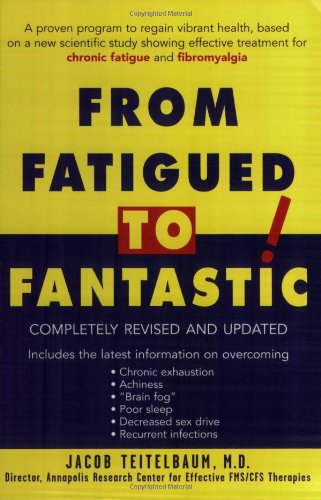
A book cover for From Fatigued to Fantastic!: A Proven Program to Regain Vibrant Health, Based on a New Scientific Study Showing Effective Treatment for Chronic Fatigue and Fibromyalgia; Jacob Teitelbaum; Health, Fitness & Dieting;